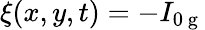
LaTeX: \xi(x,y,t)=-I_{0\mathrm{~g~}}